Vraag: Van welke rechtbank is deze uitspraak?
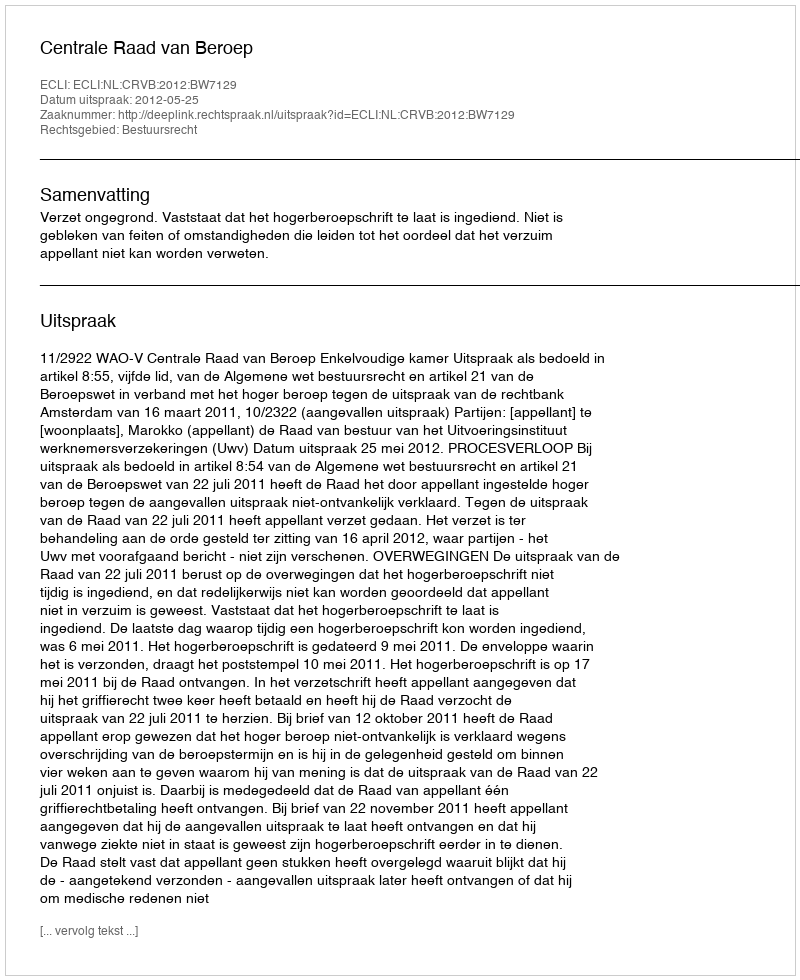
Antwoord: Centrale Raad van Beroep